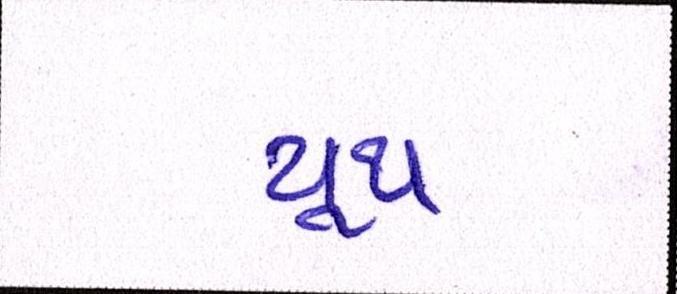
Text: યૂથ